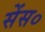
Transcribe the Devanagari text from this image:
सेंस०